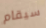
سيقام